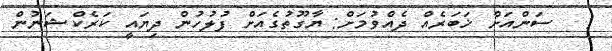
:   ސަންއަށް ޚަބަރެއް ދެއްވުމަށް: ޔާގޫތުގެއަށް ފުލުހުން ދިޔައީ ކަރެކްޝަނުން